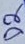
Text: D2